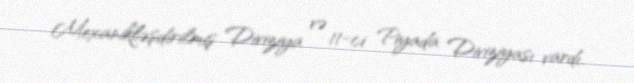
Mexanikləşdirilmiş Diviziya və 11-ci Piyada Diviziyası vardı.